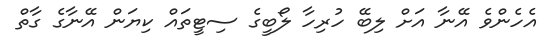
އެހެންވެ އޭނާ އަށް ލިބޭ ހުރިހާ ލޯބީގެ ސިޓީތައް ކިޔަން އޭނާގެ ގާތް